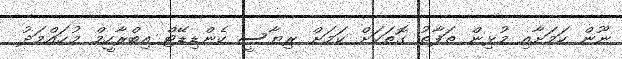
ނޫން ކަމަށާއި މުޅިން ތަފާތު ގޮތަކަށް ކަމަށް ރިޔާސީ ކެންޑިޑޭޓް އިބްރާހީމް މުޙައްމަދު